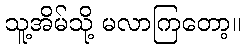
သူ့အိမ်သို့ မလာကြတော့။